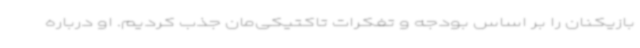
بازیکنان را بر اساس بودجه و تفکرات تاکتیکی‌مان جذب کردیم. او درباره